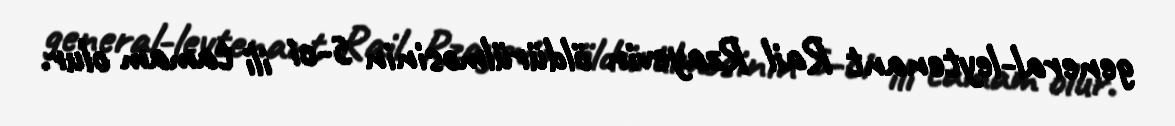
general-leytenant Rail Rzayevin öldürülməsinin 5-ci ili tamam olur.